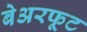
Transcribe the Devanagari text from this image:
बेअरफूट